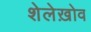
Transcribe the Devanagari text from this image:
शेलेख़ोव